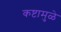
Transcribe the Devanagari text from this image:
कष्टामुळे